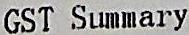
GST SUMMARY